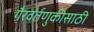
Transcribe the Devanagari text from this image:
गैरवर्तणुकीसाठी